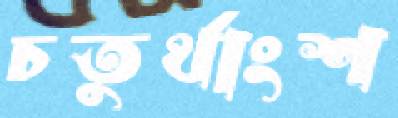
চতুর্থাংশ